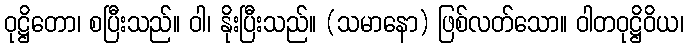
ဝုဋ္ဌိတော၊ စပြီးသည်။ ဝါ၊ နိုးပြီးသည်။ (သမာနော) ဖြစ်လတ်သော။ ဝါတဝုဋ္ဌိဝိယ၊